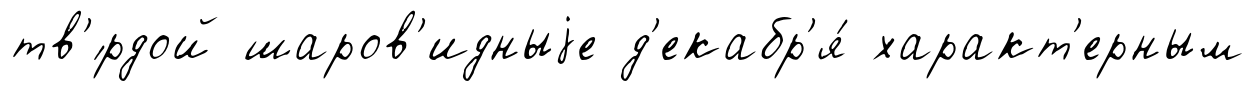
тв'́рдой шаров'идныjе д'екабр'я́ характ'ерным